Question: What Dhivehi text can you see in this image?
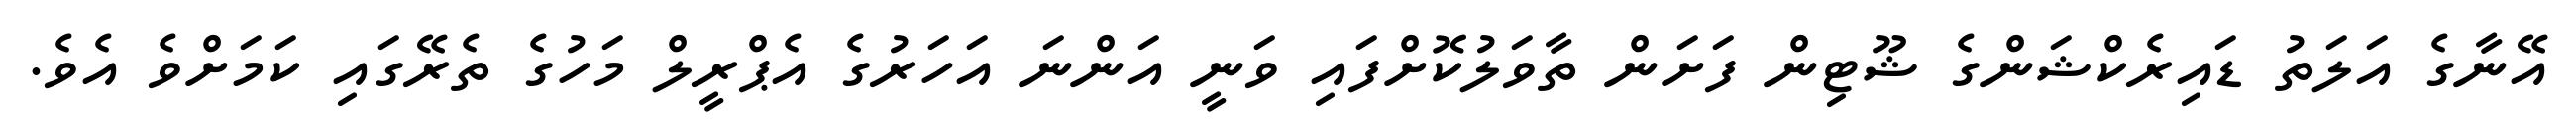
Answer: އޭނާގެ އަލަތު ޑައިރެކްޝަންގެ ޝޫޓިން ފަށަން ތާވަލުކޮށްފައި ވަނީ އަންނަ އަހަރުގެ އެޕްރީލް މަހުގެ ތެރޭގައި ކަމަށްވެ އެވެ.